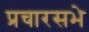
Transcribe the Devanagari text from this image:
प्रचारसभे